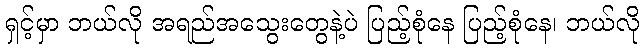
ရှင့်မှာ ဘယ်လို အရည်အသွေးတွေနဲ့ပဲ ပြည့်စုံနေ ပြည့်စုံနေ၊ ဘယ်လို